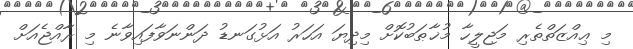
މި ޢިއްޒަތްތެރި މަޖިލީހާ މުޚާޠަބުކޮށް މިދިޔަ އަހަރު އަޅުގަނޑު ދަންނަވާފައިވާނެ މި ރާއްޖެއަށް